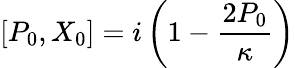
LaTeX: [P_{0},X_{0}]=i\left(1-\frac{2P_{0}}\kappa\right)